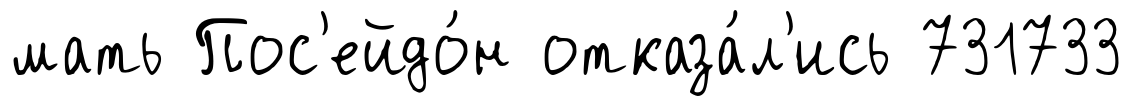
мать Пос'ейдо́н отказа́л'ись 731733